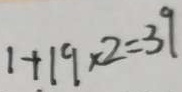
1 + 1 9 \times 2 = 3 9